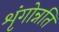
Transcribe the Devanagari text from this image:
शृंगोन्नति